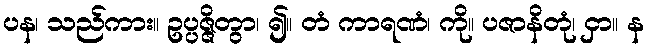
ပန၊ သည်ကား။ ဥပ္ပဇ္ဇိတွာ၊ ၍။ တံ ကာရဏံ၊ ကို။ ပဇာနိတုံ၊ ငှာ။ န